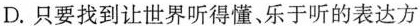
D.只要找到让世界听得懂、乐于听的表达方